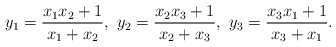
\begin{align*} y_1 = \frac{x_1x_2+1}{x_1+x_2},\ y_2 = \frac{x_2x_3+1}{x_2+x_3},\ y_3 = \frac{x_3x_1+1}{x_3+x_1}. \end{align*}